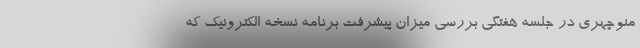
منوچهری در جلسه هفتگی بررسی میزان پیشرفت برنامه نسخه الکترونیک که